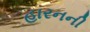
હારનની